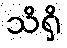
သိရှိ